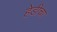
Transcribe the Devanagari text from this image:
हेडीचा